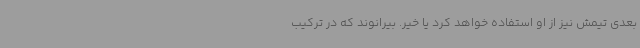
بعدی تیمش نیز از او استفاده خواهد کرد یا خیر. بیرانوند که در ترکیب